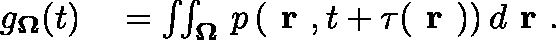
\begin{array} { r l } { g _ { \mathbf { \Omega } } ( t ) } & { { } = \iint _ { \mathbf { \Omega } } \, p \left( \textbf { r } , t + \tau ( \textbf { r } ) \right) d \textbf { r } . } \end{array}